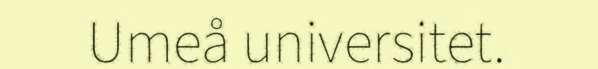
Umeå universitet.